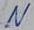
Text: N